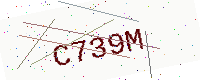
Text: C739M